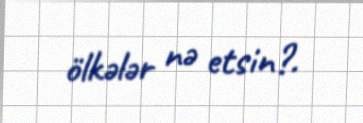
ölkələr nə etsin?.